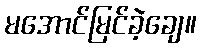
မအောင်မြင်ခဲ့ချေ။